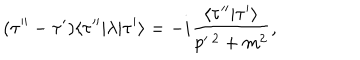
( \tau ^ { \prime \prime } - \tau ^ { \prime } ) \langle \tau ^ { \prime \prime } | \lambda | \tau ^ { \prime } \rangle = - i { \frac { \langle \tau ^ { \prime \prime } | \tau ^ { \prime } \rangle } { p ^ { \ 2 } + m ^ { 2 } } } ,